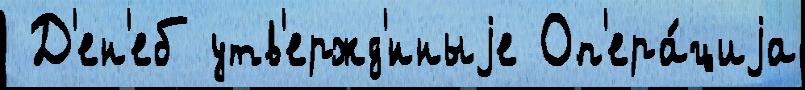
 Д'ен'еб утв'ержд'́нныjе Оп'ера́циjа